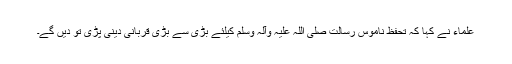
علماء نے کہا کہ تحفظ ناموس رسالت صلی اللہ علیہ وآلہ وسلم کیلئے بڑی سے بڑی قربانی دینی پڑی تو دیں گے۔